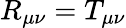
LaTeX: R_{\mu\nu}=T_{\mu\nu}